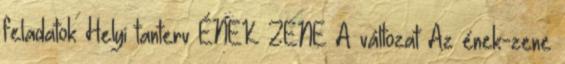
feladatok Helyi tanterv ÉNEK ZENE A változat Az ének-zene